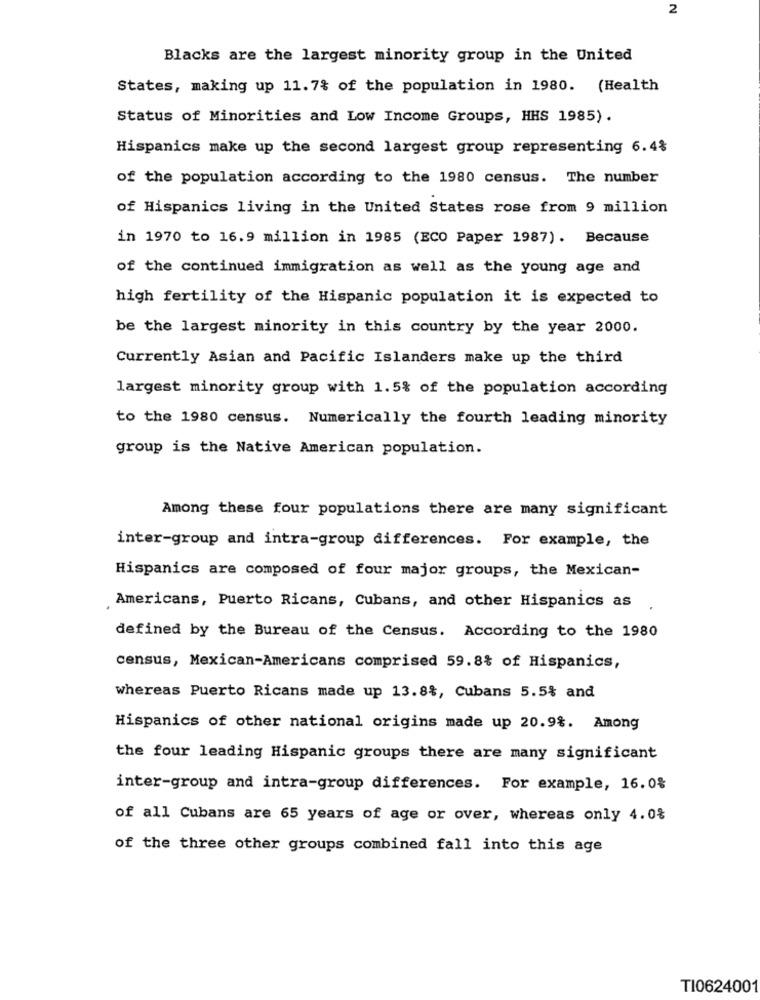
2
Blacks are the largest minority group in the United
States, making up 11.7% of the population in 1980. (Health
Status of Minorities and Low Income Groups, HHS 1985).
Hispanics make up the second largest group representing 6.4%
of the population according to the 1980 census. The number
of Hispanics living in the United States rose from 9 million
in 1970 to 16.9 million in 1985 (ECO Paper 1987). Because
of the continued immigration as well as the young age and
high fertility of the Hispanic population it is expected to
be the largest minority in this country by the year 2000.
Currently Asian and Pacific Islanders make up the third
largest minority group with 1.5% of the population according
to the 1980 census. Numerically the fourth leading minority
group is the Native American population.
Among these four populations there are many significant
inter-group and intra-group differences. For example, the
Hispanics are composed of four major groups, the Mexican-
Americans, Puerto Ricans, Cubans, and other Hispanics as
defined by the Bureau of the Census. According to the 1980
census, Mexican-Americans comprised 59.8% of Hispanics,
whereas Puerto Ricans made up 13.8%, Cubans 5.5% and
Hispanics of other national origins made up 20.9%. Among
the four leading Hispanic groups there are many significant
inter-group and intra-group differences. For example, 16.0%
of all Cubans are 65 years of age or over, whereas only 4.0%
of the three other groups combined fall into this age
TI0624001